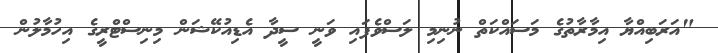
"އަރަބިއްޔާ އިމާރާތުގެ މަސައްކަތް ނުނިމި ލަސްވެފައި ވަނީ ސީދާ އެޑިއުކޭޝަން މިނިސްޓްރީގެ އިހުމާލުން